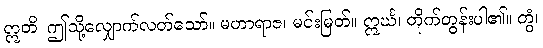
ဣတိ၊ ဤသို့လျှောက်လတ်သော်။ မဟာရာဇ၊ မင်းမြတ်။ ဣင်္ဃ၊ တိုက်တွန်းပါ၏။ တွံ၊